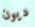
ديون